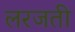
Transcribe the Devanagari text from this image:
लरजती